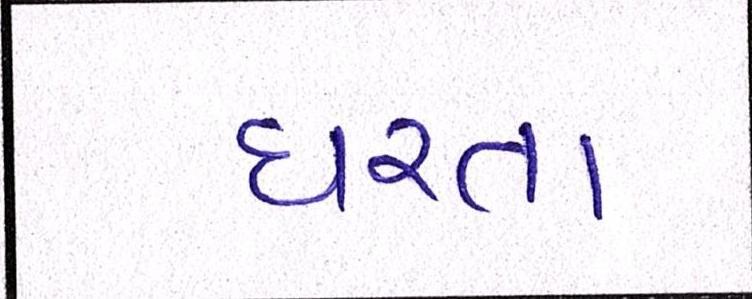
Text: ધરતા